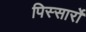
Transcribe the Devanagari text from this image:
पिस्सार्रो